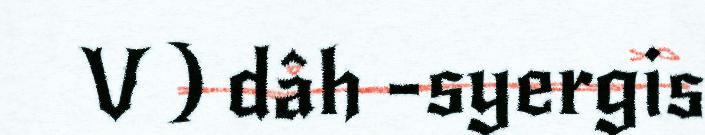
V ) dâh -syergis